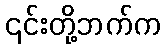
၎င်းတို့ဘက်က